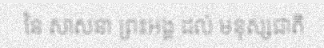
នៃ សាសនា ព្រះអង្គ ដល់ មនុស្សជាតិ